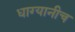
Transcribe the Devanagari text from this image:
धाग्यानीच